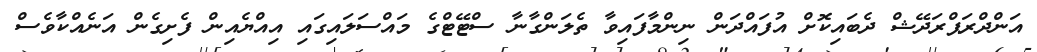
އަންދްރަޕްރަދޭޝް ދެބައިކޮށް އުފައްދަން ނިންމާފައިވާ ތެލަންގާނާ ސްޓޭޓްގެ މައްސަލައިގައި އިއްޔެއިން ފެށިގެން އަނެއްކާވެސް